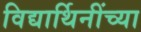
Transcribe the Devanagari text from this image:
विद्यार्थिनींच्या